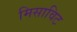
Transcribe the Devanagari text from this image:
मिसाविट